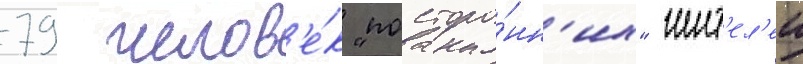
79 челов'е́к "посторо́нн'их" жит'ел'еи